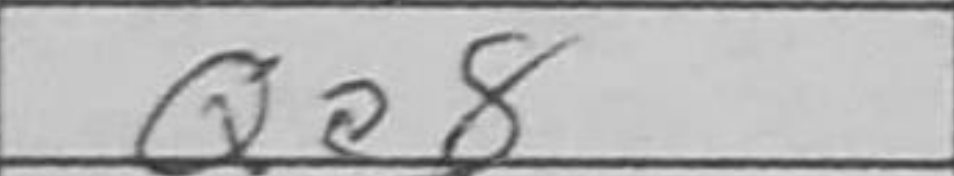
Transcription: Qa8